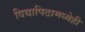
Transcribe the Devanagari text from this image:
विद्यापिठामध्येही